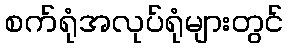
စက်ရုံအလုပ်ရုံများတွင်